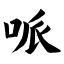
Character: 哌